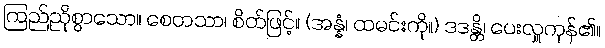
ကြည်ညိုစွာသော။ စေတသာ၊ စိတ်ဖြင့်။ (အန္နံ၊ ထမင်းကို။) ဒဒန္တိ၊ ပေးလှူကုန်၏။